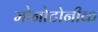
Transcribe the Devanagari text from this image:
मोनोटोनीक